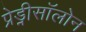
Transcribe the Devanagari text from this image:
प्रेड्नीसॉलोन